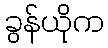
ခွန်ယိုက